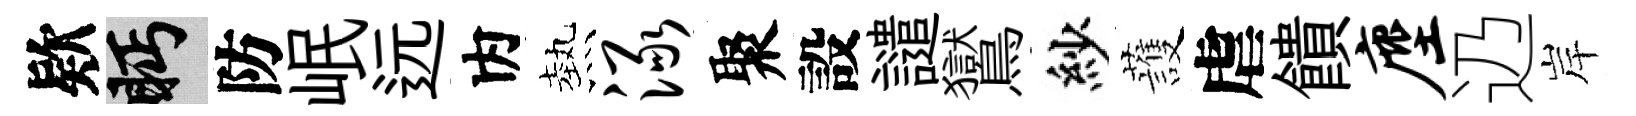
欵眄防岷远内熱渌聚設譴鸑紗䕶虐饋麈辸岸